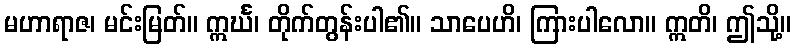
မဟာရာဇ၊ မင်းမြတ်။ ဣင်္ဃ၊ တိုက်တွန်းပါ၏။ သာပေဟိ၊ ကြားပါလော။ ဣတိ၊ ဤသို့။